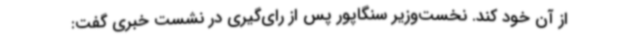
از آن خود کند. نخست‌وزیر سنگاپور پس از رای‌گیری در نشست خبری گفت:‌